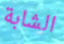
الشابة